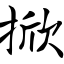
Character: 掀